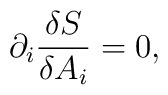
\partial_i \frac{\delta S}{\delta A_i}= 0,